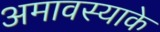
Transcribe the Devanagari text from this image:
अमावस्याके